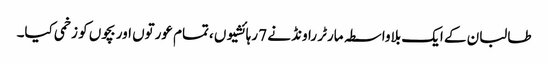
طالبان کے ایک بلاواسطہ مارٹر راونڈ نے 7 رہائشیوں ،تمام عورتوں اور بچوں کو زخمی کیا۔